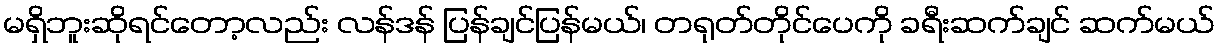
မရှိဘူးဆိုရင်တော့လည်း လန်ဒန် ပြန်ချင်ပြန်မယ်၊ တရုတ်တိုင်ပေကို ခရီးဆက်ချင် ဆက်မယ်